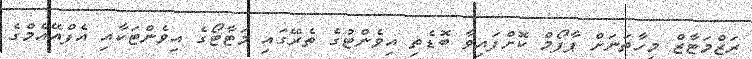
ރަޒްމަޓާޒް މިހާތަނަށް ޕާފޯމް ކޮށްފައިވާ ބޮޑެތި އިވެންޓުގެ ތެރޭގައި މަޓާޓޯގެ އިވެންޓަކާއި އެފްއޭއެމްގެ